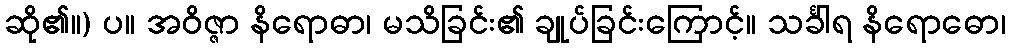
ဆို၏။) ပ။ အဝိဇ္ဇာ နိရောဓာ၊ မသိခြင်း၏ ချုပ်ခြင်းကြောင့်။ သင်္ခါရ နိရောဓော၊